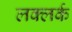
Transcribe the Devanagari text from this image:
लक्लर्क